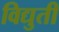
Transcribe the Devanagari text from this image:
विद्युती